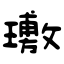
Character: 璷